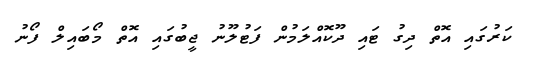
ކަރުގައި އޮތް ދިގު ޓައި ދޫކޮއްލަމުން ފަޓުލޫނު ޖީބުގައި އޮތް މޯބައިލް ފޯނު